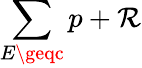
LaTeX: \sum\limits_{E\geqc}p+\mathcal{R}